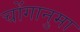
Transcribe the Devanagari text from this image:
चोंगानुमा